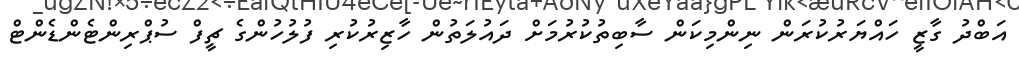
އަބްދު ގާޒީ ހައްޔަރުކުރަން ނިންމިކަން ސާބިތުކުރުމަށް ދައުލަތުން ހާޒިރުކުރި ފުލުހުންގެ ޗީފް ސުޕްރިންޓެންޑެންޓް